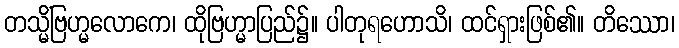
တသ္မိံဗြဟ္မလောကေ၊ ထိုဗြဟ္မာပြည်၌။ ပါတုရဟောသိ၊ ထင်ရှားဖြစ်၏။ တိဿော၊